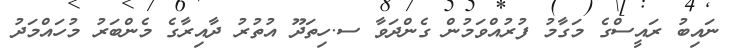
ނައިބު ރައީސްގެ މަގާމު ފުރުއްވަމުން ގެންދަވާ ސ.ހިތަދޫ އުތުރު ދާއިރާގެ މެންބަރު މުހައްމަދު